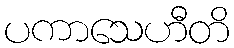
ပကာသေဟီတိ